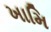
ખામિ